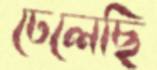
ঢেলেছি